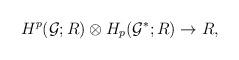
LaTeX: \begin{align*}H^p ({\cal G};R)\otimes H_p ({\cal G}^*;R) \rightarrow R,\end{align*}